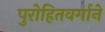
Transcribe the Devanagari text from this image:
पुरोहितवर्गाने